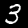
Digit: 3